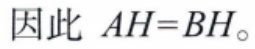
因此 \(AH = BH\)。